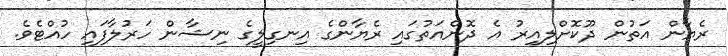
ރެޔާން އަތުން ދޫކޮށްލިއިރު އެ ދޮންއަތުގައި ރެޔާންގެ އިނގިލީގެ ނިޝާން ހަރުލާފައި ހުއްޓެވެ.